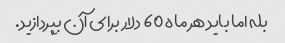
بله اما باید هر ماه 60 دلار برای آن بپردازید.